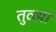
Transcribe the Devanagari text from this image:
तुळ्या